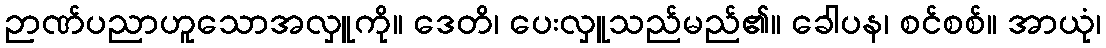
ဉာဏ်ပညာဟူသောအလှူကို။ ဒေတိ၊ ပေးလှူသည်မည်၏။ ခေါပန၊ စင်စစ်။ အာယုံ၊